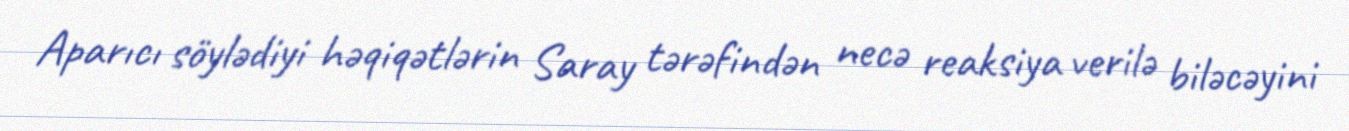
Aparıcı söylədiyi həqiqətlərin Saray tərəfindən necə reaksiya verilə biləcəyini